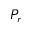
P _ { r }